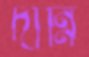
দান্নি